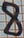
Text: 8